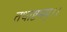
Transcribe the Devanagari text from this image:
तथाष्टमम्।।